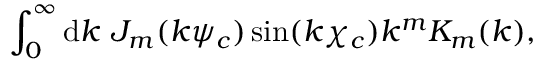
\int _ { 0 } ^ { \infty } \mathrm { d } k \ J _ { m } ( k \psi _ { c } ) \sin ( k \chi _ { c } ) k ^ { m } K _ { m } ( k ) ,